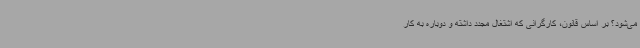
می‌شود؟ بر اساس قانون، کارگرانی که اشتغال مجدد داشته و دوباره به کار